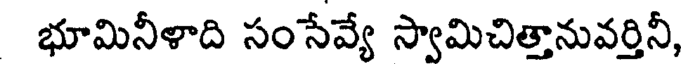
భూమినీళాది సంసేవ్యే స్వామిచిత్తానువర్తినీ,